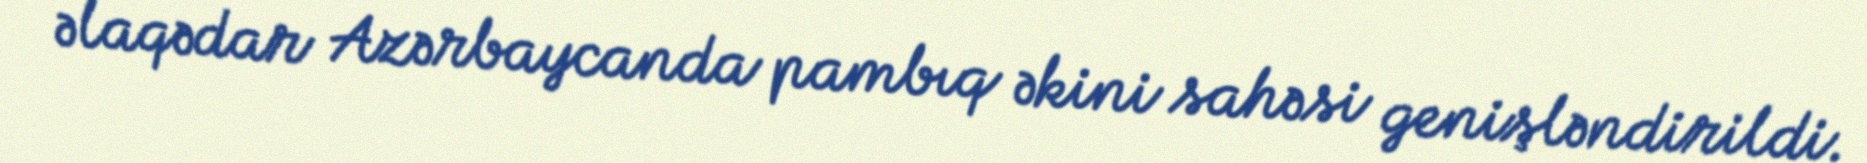
əlaqədar Azərbaycanda pambıq əkini sahəsi genişləndirildi.